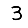
Digit: 3